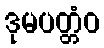
ဒုမပတ္တံဝ